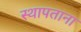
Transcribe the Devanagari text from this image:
स्थापताना